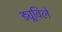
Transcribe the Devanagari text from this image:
ड्यूविले